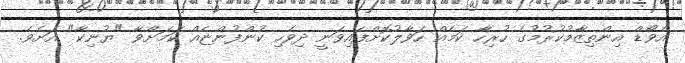
އެވޯޑް އިންތިޒާމުކުރުމުގެ ހުރިހާ ކަމެއް ހަވާލުކޮށްފައިވަނީ ދިވެހި ކުންފުންޏެއް ކަމަށްވާ "ޔުނިކާ" އަށެވެ.